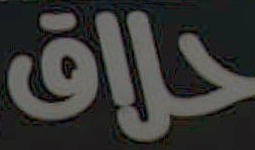
حلاق